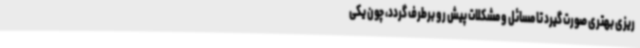
ریزی بهتری صورت گیرد تا مسائل و مشکلات پیش رو برطرف گردد، چون یکی